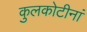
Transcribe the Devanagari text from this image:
कुलकोटीनां